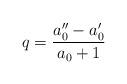
LaTeX: \begin{align*}q=\frac{a_{0}^{\prime\prime}-a_{0}^{\prime}}{a_{0}+1} \end{align*}